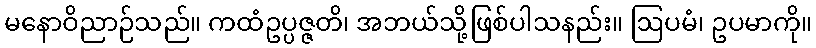
မနောဝိညာဉ်သည်။ ကထံဥပ္ပဇ္ဇတိ၊ အဘယ်သို့ဖြစ်ပါသနည်း။ ဩပမံ၊ ဥပမာကို။